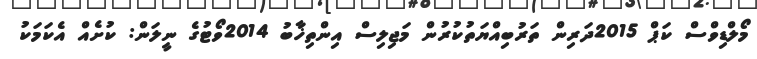
މޯލްޑިވްސް ކަޕް 2015ދަރިން ތަރުބިއްޔަތުކުރުން މަޖިލިސް އިންތިޚާބު 2014ވޯޓުގެ ނީލަން: ކުށެއް އެކަމަކު